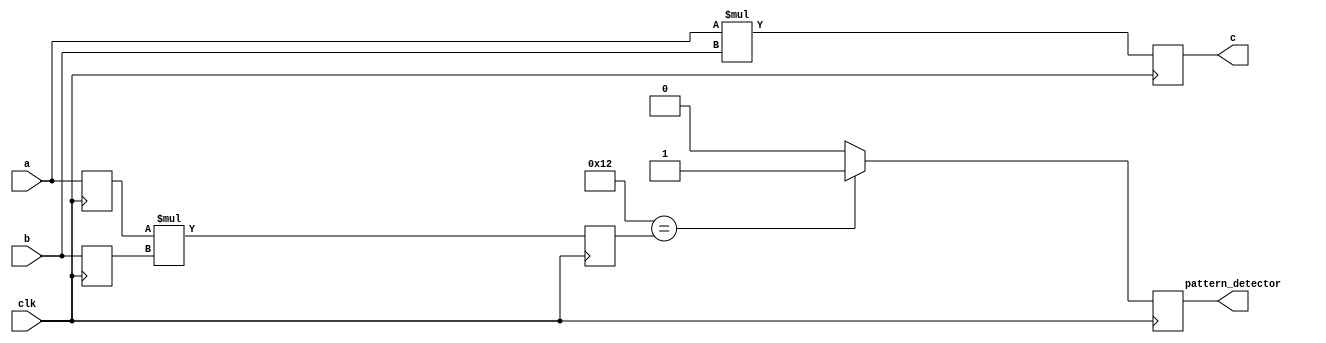
module pattern_detector
#(parameter dw=8,
parameter pattern=8'd18)

(input clk,
input [dw-1:0] a,
input [dw-1:0] b,
output reg[(2*dw)-1:0] c,
output reg pattern_detector);


reg [(2*dw)-1:0]result;
reg [dw-1:0] a1,b1;

always@(posedge clk) begin
 a1 <= a;
  b1 <= b;
end



always @(posedge clk)begin
    result <= a1*b1;
    if (pattern == result)
        pattern_detector =1'b1;
    else
        pattern_detector=1'b0;
end

always @(posedge clk)
begin
 c <= a*b;
end
endmodule